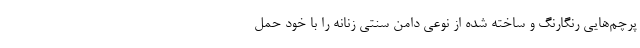
پرچم‌هایی رنگارنگ و ساخته شده از نوعی دامن سنتی زنانه را با خود حمل